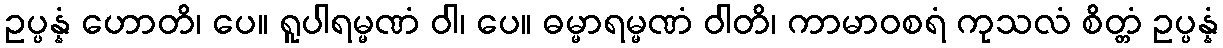
ဥပ္ပန္နံ ဟောတိ၊ ပေ။ ရူပါရမ္မဏံ ဝါ၊ ပေ။ ဓမ္မာရမ္မဏံ ဝါတိ၊ ကာမာဝစရံ ကုသလံ စိတ္တံ ဥပ္ပန္နံ